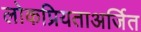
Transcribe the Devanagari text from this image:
लोकप्रियताअर्जित